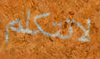
لاتتكلم